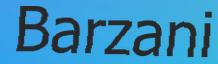
Barzani